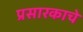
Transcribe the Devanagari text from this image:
प्रसारकाचे